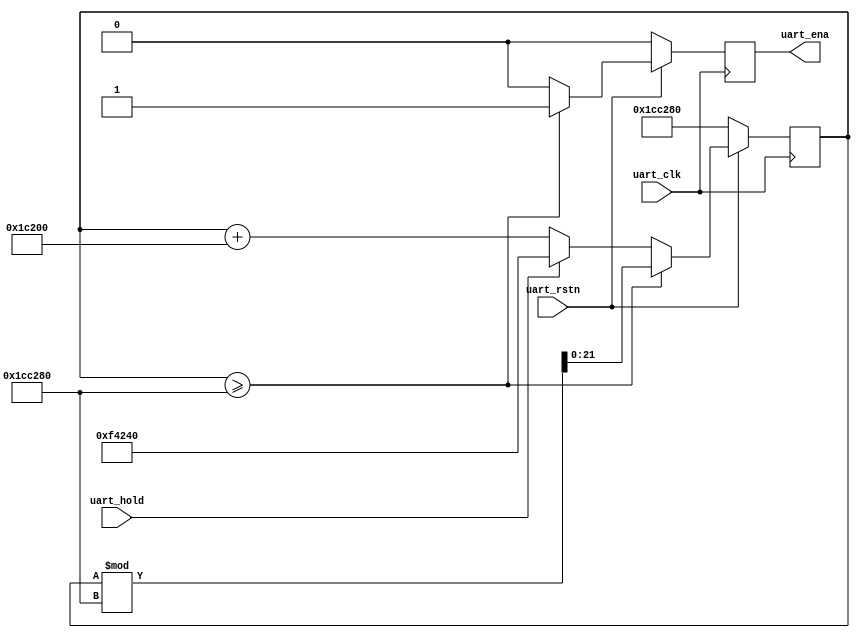
// ***************************************************************************
// ***************************************************************************
// @FILE    util_uart_baud_gen.v
// @AUTHOR  JAY CONVERTINO
// @DATE    2021.06.24
// @BRIEF   UART BAUD RATE GENERATOR
// @DETAILS Generate any baud rate.
//
// @LICENSE MIT
//  Copyright 2021 Jay Convertino
//
//  Permission is hereby granted, free of charge, to any person obtaining a copy
//  of this software and associated documentation files (the "Software"), to 
//  deal in the Software without restriction, including without limitation the
//  rights to use, copy, modify, merge, publish, distribute, sublicense, and/or 
//  sell copies of the Software, and to permit persons to whom the Software is 
//  furnished to do so, subject to the following conditions:
//
//  The above copyright notice and this permission notice shall be included in 
//  all copies or substantial portions of the Software.
//
//  THE SOFTWARE IS PROVIDED "AS IS", WITHOUT WARRANTY OF ANY KIND, EXPRESS OR 
//  IMPLIED, INCLUDING BUT NOT LIMITED TO THE WARRANTIES OF MERCHANTABILITY, 
//  FITNESS FOR A PARTICULAR PURPOSE AND NONINFRINGEMENT. IN NO EVENT SHALL THE
//  AUTHORS OR COPYRIGHT HOLDERS BE LIABLE FOR ANY CLAIM, DAMAGES OR OTHER 
//  LIABILITY, WHETHER IN AN ACTION OF CONTRACT, TORT OR OTHERWISE, ARISING 
//  FROM, OUT OF OR IN CONNECTION WITH THE SOFTWARE OR THE USE OR OTHER DEALINGS
//  IN THE SOFTWARE.
// ***************************************************************************
// ***************************************************************************

`timescale 1ns/100ps

//UART
module util_uart_baud_gen #(
    parameter baud_clock_speed = 2000000,
    parameter baud_rate   = 115200,
    parameter delay       = 0
  ) 
  (
    //clock and reset
    input   uart_clk,
    input   uart_rstn,
    input   uart_hold,
    output uart_ena
  );
  
  reg [clogb2(baud_clock_speed):0] counter;
  
  reg r_uart_ena;
  
  //baud enable generator
  always @(posedge uart_clk) begin
    if(uart_rstn == 1'b0) begin
      counter   <= (baud_clock_speed-baud_rate);
      r_uart_ena  <= 0;
    end else begin
      counter   <= (uart_hold == 1'b1 ? baud_clock_speed/2 : counter + baud_rate);
      r_uart_ena  <= 1'b0;
      
      if(counter >= (baud_clock_speed-baud_rate)) begin
        counter   <= counter % ((baud_clock_speed-baud_rate) == 0 ? 1 : (baud_clock_speed-baud_rate));
        r_uart_ena  <= 1'b1;
      end
    end
  end
  
  //delay output of uart_ena
  generate
    if(delay > 0) begin
      //delays
      reg [delay:0] delay_uart_ena;
      
      assign uart_ena = delay_uart_ena[delay];
      
      always @(posedge uart_clk) begin
        if(uart_rstn == 1'b0) begin
          delay_uart_ena <= 0;
        end else begin
          delay_uart_ena <= {delay_uart_ena[delay-1:0], r_uart_ena};
        end
      end
    end else begin
      assign uart_ena = r_uart_ena;
    end
  endgenerate
 
  //copied from the IEEE 1364-2001 Standard
  function integer clogb2;
    input [31:0] value;
    begin
        value = value - 1;
        for (clogb2 = 0; value > 0; clogb2 = clogb2 + 1) begin
            value = value >> 1;
        end
    end
  endfunction
endmodule